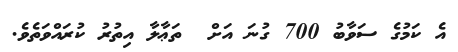
އެ ކަމުގެ ސަވާބު 700 ގުނަ އަށް  ތަޢާލާ އިތުރު ކުރައްވަތެވެެ.